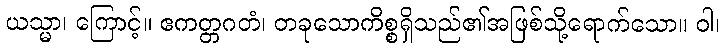
ယသ္မာ၊ ကြောင့်။ ဧကတ္တဂတံ၊ တခုသောကိစ္စရှိသည်၏အဖြစ်သို့ရောက်သော။ ဝါ၊